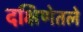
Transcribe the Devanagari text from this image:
दक्षिणेतले